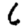
Digit: 6